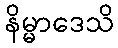
နိမ္မာဒေသိ